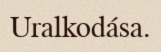
Uralkodása.